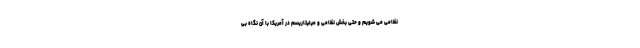
نظامی می شویم و حتی بخش نظامی و میلیتاریسم در آمریکا با آن نگاه بی